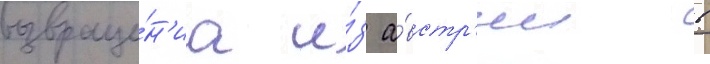
возвраще́н'иа и́з а́встр'ии в